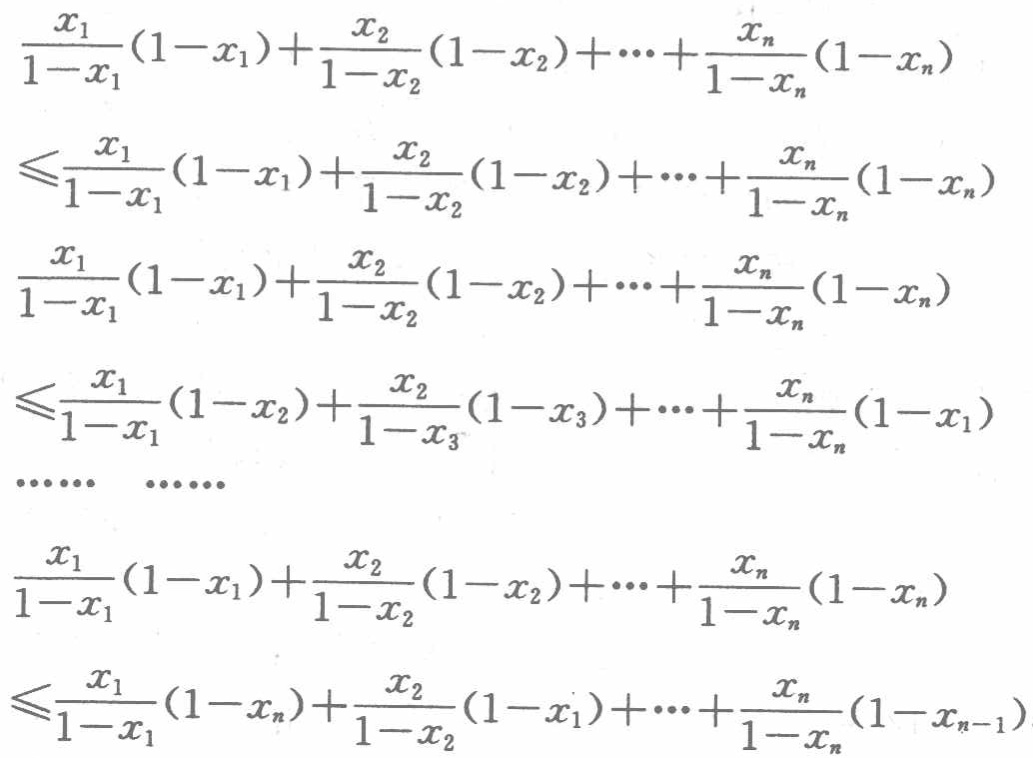
\[

\begin{align*}

&\frac{x_1}{1 - x_1}(1 - x_1)+\frac{x_2}{1 - x_2}(1 - x_2)+\cdots+\frac{x_n}{1 - x_n}(1 - x_n)\\

\leqslant&\frac{x_1}{1 - x_1}(1 - x_1)+\frac{x_2}{1 - x_2}(1 - x_2)+\cdots+\frac{x_n}{1 - x_n}(1 - x_n)\\

&\frac{x_1}{1 - x_1}(1 - x_1)+\frac{x_2}{1 - x_2}(1 - x_2)+\cdots+\frac{x_n}{1 - x_n}(1 - x_n)\\

\leqslant&\frac{x_1}{1 - x_1}(1 - x_2)+\frac{x_2}{1 - x_3}(1 - x_3)+\cdots+\frac{x_n}{1 - x_n}(1 - x_1)\\

&\cdots\cdots\quad\cdots\cdots\\

&\frac{x_1}{1 - x_1}(1 - x_1)+\frac{x_2}{1 - x_2}(1 - x_2)+\cdots+\frac{x_n}{1 - x_n}(1 - x_n)\\

\leqslant&\frac{x_1}{1 - x_1}(1 - x_n)+\frac{x_2}{1 - x_2}(1 - x_1)+\cdots+\frac{x_n}{1 - x_n}(1 - x_{n - 1})

\end{align*}

\]